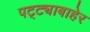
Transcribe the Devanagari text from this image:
पट्ट्याबाहेर